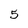
Character: 5